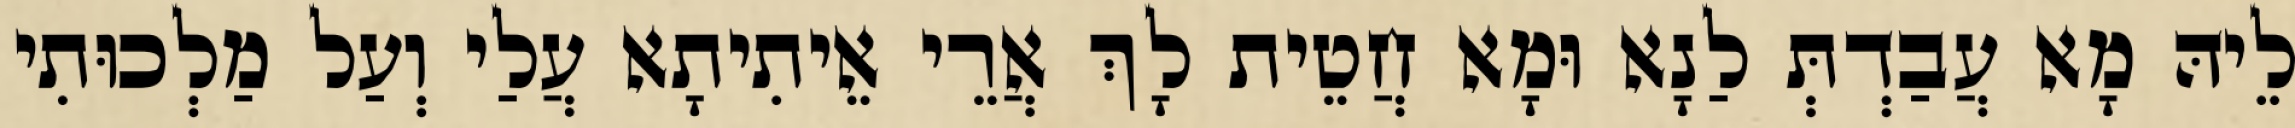
לֵיהּ מָא עֲבַדְתְּ לַנָא וּמָא חֲטֵית לָךְ אֲרֵי אֵיתִיתָא עֲלַי וְעַל מַלְכוּתִי